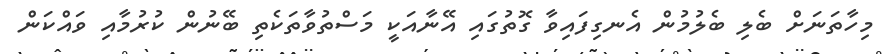
މިހާތަނަށް ބެލި ބެލުމުން އެނގިފައިވާ ގޮތުގައި އޭނާއަކީ މަސްތުވާތަކެތި ބޭނުން ކުރުމާއި ވައްކަން